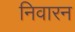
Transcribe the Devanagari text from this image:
निवारन